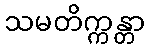
သမတိက္ကန္တာ